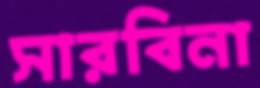
সারবিনা